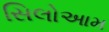
સિલોઆમ